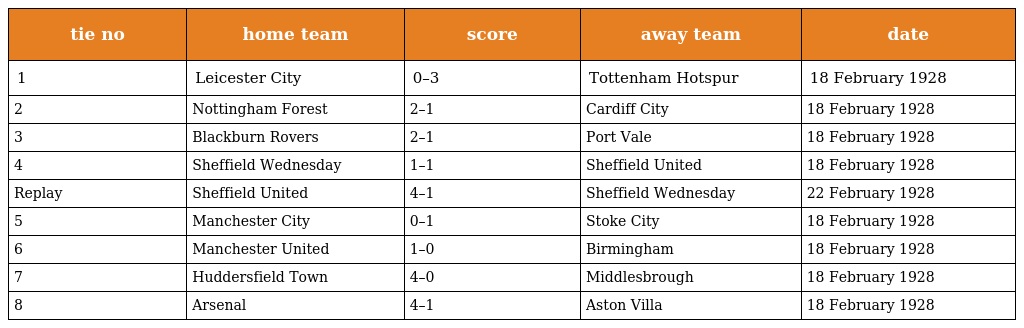
| tie no | home team | score | away team | date |
 | --- | --- | --- | --- | --- |
 | 1 | Leicester City | 0–3 | Tottenham Hotspur | 18 February 1928 |
 | 2 | Nottingham Forest | 2–1 | Cardiff City | 18 February 1928 |
 | 3 | Blackburn Rovers | 2–1 | Port Vale | 18 February 1928 |
 | 4 | Sheffield Wednesday | 1–1 | Sheffield United | 18 February 1928 |
 | Replay | Sheffield United | 4–1 | Sheffield Wednesday | 22 February 1928 |
 | 5 | Manchester City | 0–1 | Stoke City | 18 February 1928 |
 | 6 | Manchester United | 1–0 | Birmingham | 18 February 1928 |
 | 7 | Huddersfield Town | 4–0 | Middlesbrough | 18 February 1928 |
 | 8 | Arsenal | 4–1 | Aston Villa | 18 February 1928 |